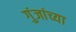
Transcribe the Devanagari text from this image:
गुंजांच्या